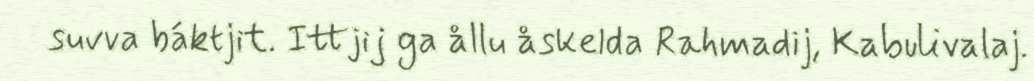
suvva báktjit. Ittjij ga ållu åskelda Rahmadij, Kabulivalaj.